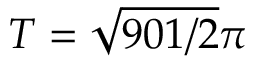
T = \sqrt { 9 0 1 / 2 } \pi